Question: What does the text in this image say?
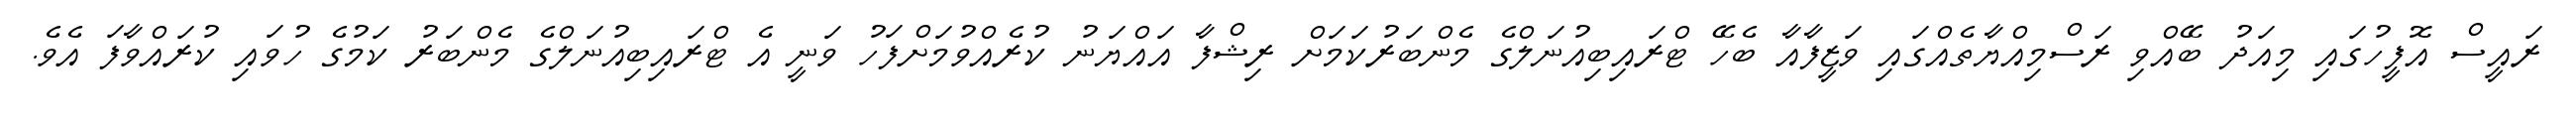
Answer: ރައީސް އޮފީހުގައި މިއަދު ބޭއްވި ރަސްމިއްޔާތެއްގައި ވަޒީފާއާ ބެހޭ ޓްރައިބިއުނަލްގެ މެންބަރުކަމަށް ރިޝްފާ އައްޔަނު ކުރެއްވުމަށްފަހު ވަނީ އެ ޓްރައިބިއުނަލްގެ މެންބަރު ކަމުގެ ހުވައި ކުރައްވާފަ އެވެ.